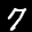
Label: 7